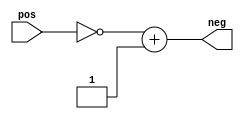
module reverse #(parameter BIT = 10)(pos, neg);
input [BIT-1:0] pos;
output [BIT-1:0] neg;

assign neg= ~pos+1'b1;

endmodule